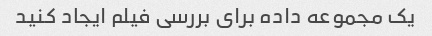
یک مجموعه داده برای بررسی فیلم ایجاد کنید